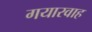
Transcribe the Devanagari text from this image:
गयारवाह